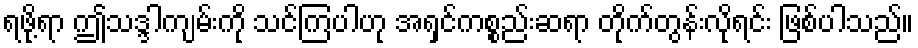
ရဖို့ရာ ဤသဒ္ဒါကျမ်းကို သင်ကြပါဟု အရှင်ကစ္စည်းဆရာ တိုက်တွန်းလိုရင်း ဖြစ်ပါသည်။